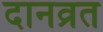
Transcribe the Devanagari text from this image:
दानव्रत